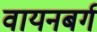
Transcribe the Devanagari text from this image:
वायनबर्ग